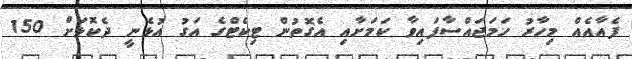
ފެއާއެއް މިހާރު ހަމަޖައްސާފައިވާ ކަމަށާއި އެގޮތުން ޓިކެޓްގެ އަގު އުޅެނީ ދެކޮޅަށް 150